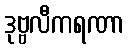
ဒုဗ္ဗလီကရဏာ